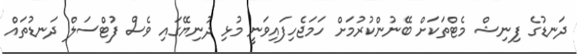
ދަނޑުގެ ފިނިޝް މެޓްތަކަށް ބޭނުންކުރުމަށް ހަމަޖެހިފައިވަނީ މުޅި ދުނިޔޭގައި ވެސް ފުޓްސަލް ދަނޑުތައް